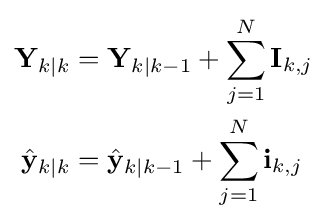
{\begin{aligned}\mathbf {Y} _{k\mid k}&=\mathbf {Y} _{k\mid k-1}+\sum _{j=1}^{N}\mathbf {I} _{k,j}\\{\hat {\mathbf {y} }}_{k\mid k}&={\hat {\mathbf {y} }}_{k\mid k-1}+\sum _{j=1}^{N}\mathbf {i} _{k,j}\end{aligned}}